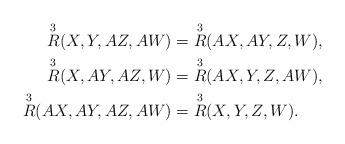
LaTeX: \begin{align*}\overset{3}{R} (X,Y,AZ,AW) & = \overset{3}{R} (AX,AY,Z,W), \\\overset{3}{R} (X,AY,AZ,W) & = \overset{3}{R} (AX,Y,Z,AW), \\\overset{3}{R} (AX,AY,AZ,AW) & = \overset{3}{R} (X,Y,Z,W). \end{align*}